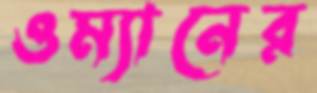
ওম্যানের